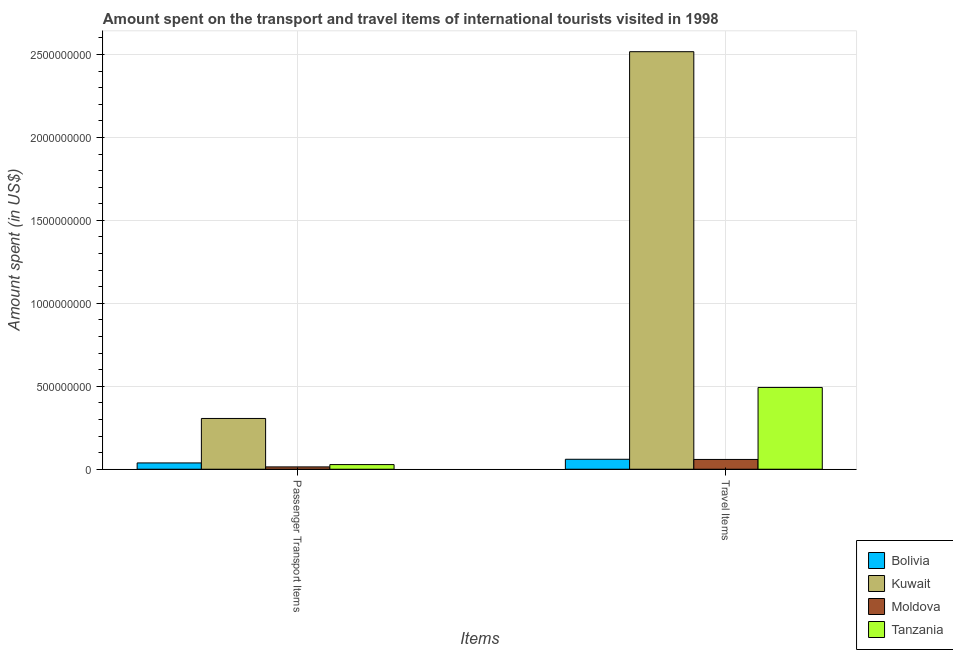
| Items | Bolivia | Kuwait | Moldova | Tanzania |
 | --- | --- | --- | --- | --- |
 | Passenger Transport Items | 3.8e+07 | 3.06e+08 | 1.4e+07 | 2.8e+07 |
 | Travel Items | 6e+07 | 2.52e+09 | 5.9e+07 | 4.93e+08 |